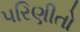
પરિણીતો